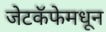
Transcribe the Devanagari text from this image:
जेटकॅफेमधून